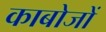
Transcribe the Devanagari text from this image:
काबोजों